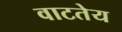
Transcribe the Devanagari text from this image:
वाटतेय